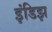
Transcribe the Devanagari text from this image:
इंडिझ